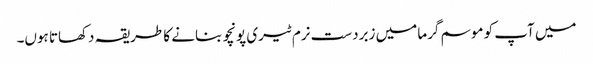
میں آپ کو موسم گرما میں زبردست نرم ٹیری پونچو بنانے کا طریقہ دکھاتا ہوں۔